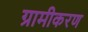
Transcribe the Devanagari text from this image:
ग्रामीकरण